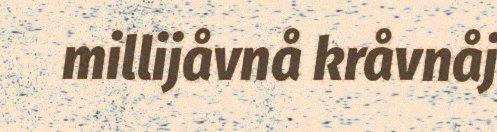
millijåvnå kråvnåj